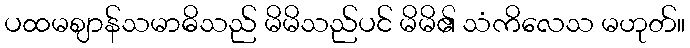
ပထမဈာန်သမာဓိသည် မိမိသည်ပင် မိမိ၏ သံကိလေသ မဟုတ်။